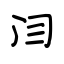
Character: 闫